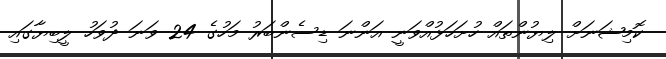
ކޮމިޝަނަށް ލިޔުންތައް ހުށަހަޅުއްވަނީ އަންނަ ޑިސެންބަރު މަހުގެ 24 ވަނަ ދުވަހު ލީބިޔާގައި